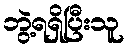
ဘွဲ့ရရှိပြီးသူ